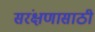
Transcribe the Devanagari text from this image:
सरंक्षणासाठी